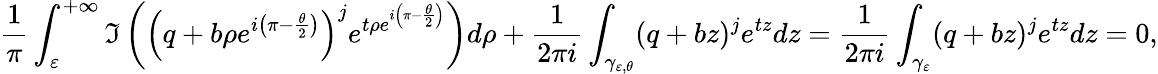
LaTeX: \frac{1}{\pi}\int_{\varepsilon}^{+\infty}\Im\left(\left(q+b\rho e^{i\left(\pi-\frac{\theta}{2}\right)}\right)^{j}e^{t\rho e^{i\left(\pi-\frac{\theta}{2}\right)}}\right)d\rho+\frac{1}{2\pi i}\int_{\gamma_{\varepsilon,\theta}}(q+bz)^{j}e^{tz}dz=\frac{1}{2\pi i}\int_{\gamma_{\varepsilon}}(q+bz)^{j}e^{tz}dz=0,